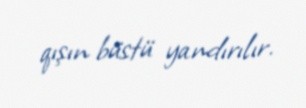
qışın büstü yandırılır.